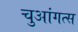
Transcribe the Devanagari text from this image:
चुआंगत्स